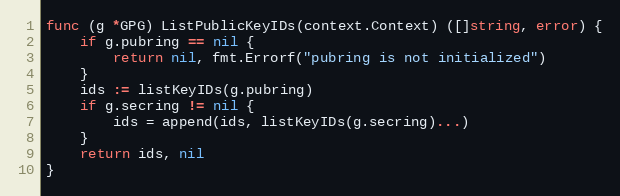
Language: Go
func (g *GPG) ListPublicKeyIDs(context.Context) ([]string, error) {
	if g.pubring == nil {
		return nil, fmt.Errorf("pubring is not initialized")
	}
	ids := listKeyIDs(g.pubring)
	if g.secring != nil {
		ids = append(ids, listKeyIDs(g.secring)...)
	}
	return ids, nil
}